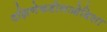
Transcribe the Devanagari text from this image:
दक्षिणेकडीलओडिशा